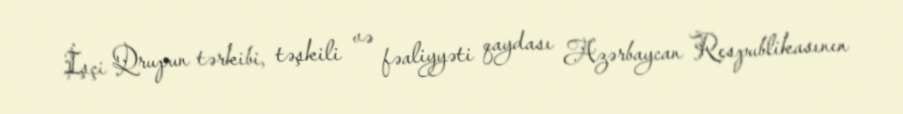
İşçi Qrupun tərkibi, təşkili və fəaliyyəti qaydası Azərbaycan Respublikasının